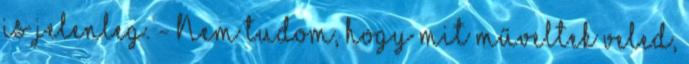
is jelenleg. - Nem tudom, hogy mit műveltek veled,